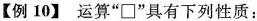
【例10】运算“\square ”具有下列性质：